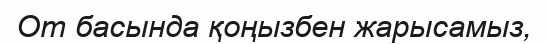
От басында қоңызбен жарысамыз,